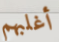
أغلبهم